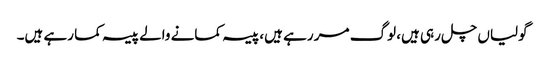
گولیاں چل رہی ہیں، لوگ مر رہے ہیں، پیسہ کمانے والے پیسہ کما رہے ہیں۔